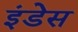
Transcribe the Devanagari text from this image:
इंडेस